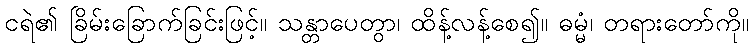
ငရဲ၏ ခြိမ်းခြောက်ခြင်းဖြင့်။ သန္တာပေတွာ၊ ထိန့်လန့်စေ၍။ ဓမ္မံ၊ တရားတော်ကို။